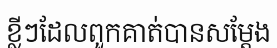
ខ្លីៗដែលពួកគាត់បានសម្តែង